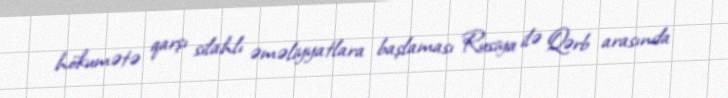
hökumətə qarşı silahlı əməliyyatlara başlaması Rusiya ilə Qərb arasında